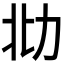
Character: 𰅋